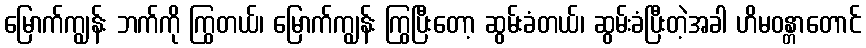
မြောက်ကျွန်း ဘက်ကို ကြွတယ်၊ မြောက်ကျွန်း ကြွပြီးတော့ ဆွမ်းခံတယ်၊ ဆွမ်းခံပြီးတဲ့အခါ ဟိမဝန္တာတောင်